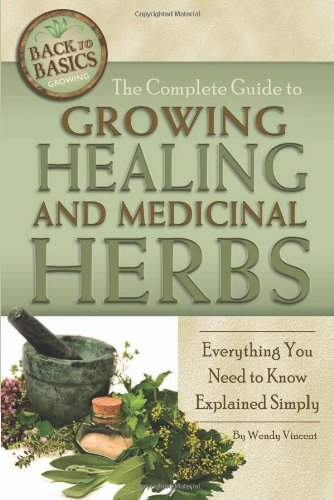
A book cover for The Complete Guide to Growing Healing and Medicinal Herbs: A Complete Step-by-Step Guide (Back-To-Basics Gardening); Wendy Vincent; Crafts, Hobbies & Home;